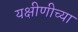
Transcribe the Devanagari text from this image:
यक्षीणीच्या